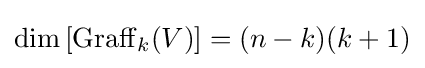
\dim \left[\mathrm {Graff} _{k}(V)\right]=(n-k)(k+1)